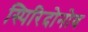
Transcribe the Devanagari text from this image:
स्पिरिदोनोव